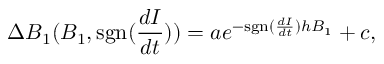
\Delta { B _ { 1 } } ( B _ { 1 } , \mathrm { s g n } ( \frac { d I } { d t } ) ) = a e ^ { - \mathrm { s g n } ( \frac { d I } { d t } ) h B _ { 1 } } + c ,